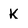
Character: K